Indian journal of veterinary science and animal husbandry - Volume 11,
Year: 1941
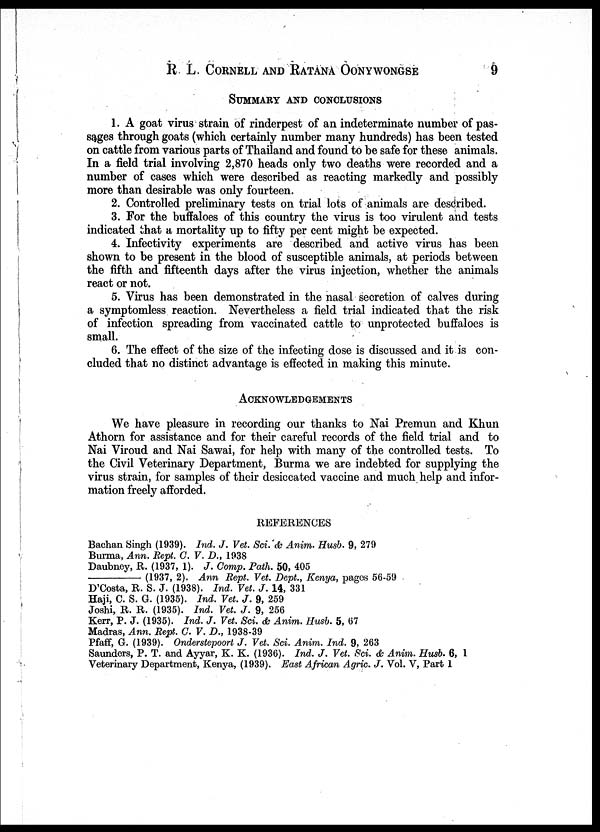
R. L. CORNELL AND RATANA OONYWONGSE 9
SUMMARY AND CONCLUSIONS
1. A goat virus strain of rinderpest of an indeterminate number of pas-
sages through goats (which certainly number many hundreds) has been tested
on cattle from various parts of Thailand and found to be safe for these animals.
In a field trial involving 2,870 heads only two deaths were recorded and a
number of cases which were described as reacting markedly and possibly
more than desirable was only fourteen.
2. Controlled preliminary tests on trial lots of animals are described.
3. For the buffaloes of this country the virus is too virulent and tests
indicated that a mortality up to fifty per cent might be expected.
4. Infectivity experiments are described and active virus has been
shown to be present in the blood of susceptible animals, at periods between
the fifth and fifteenth days after the virus injection, whether the animals
react or not.
5. Virus has been demonstrated in the nasal secretion of calves during
a symptomless reaction. Nevertheless a field trial indicated that the risk
of infection spreading from vaccinated cattle to unprotected buffaloes is
small.
6. The effect of the size of the infecting dose is discussed and it is con-
cluded that no distinct advantage is effected in making this minute.
ACKNOWLEDGEMENTS
We have pleasure in recording our thanks to Nai Premun and Khun
Athorn for assistance and for their careful records of the field trial and to
Nai Viroud and Nai Sawai, for help with many of the controlled tests. To
the Civil Veterinary Department, Burma we are indebted for supplying the
virus strain, for samples of their desiccated vaccine and much help and infor-
mation freely afforded.
REFERENCES
Bachan Singh (1939). Ind. J. Vet. Sci.& Anim. Husb. 9, 279
Burma, Ann. Rept. C. V. D., 1938
Daubney, R. (1937, 1). J. Comp. Path. 50, 405
—
(1937, 2). Ann Rept. Vet. Dept., Kenya, pages 56-59
D'Costa, R. S. J. (1938). Ind. Vet. J. 14, 331
Haji, C. S. G. (1935). Ind. Vet. J. 9, 259
Joshi, R. R. (1935). Ind. Vet. J. 9, 256
Kerr, P. J. (1935). Ind. J. Vet. Sci. & Anim. Husb. 5, 67
Madras, Ann. Rept. C. V. D., 1938-39
Pfaff, G. (1939). Onderstepoort J. Vet. Sci. Anim. Ind. 9, 263
Saunders, P. T. and Ayyar, K. K. (1936). Ind. J. Vet. Sci. & Anim. Husb. 6, 1
Veterinary Department, Kenya, (1939). East African Agric. J. Vol. V, Part 1